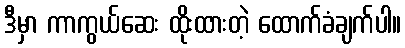
ဒီမှာ ကာကွယ်ဆေး ထိုးထားတဲ့ ထောက်ခံချက်ပါ။